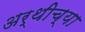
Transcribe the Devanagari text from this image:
अर्थीच्या